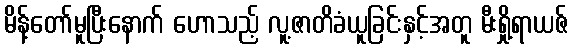
မိန့်တော်မူပြီးနောက် ဟောသည့် လူ့ဇာတိခံယူခြင်းနှင့်အတူ မီးရှို့ရာယဇ်